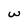
Character: w